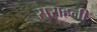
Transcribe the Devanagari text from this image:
सराहनी